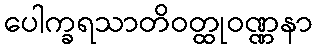
ပေါက္ခရသာတိဝတ္ထုဝဏ္ဏနာ